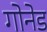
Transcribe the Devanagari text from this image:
गोनेड